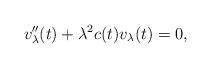
LaTeX: \begin{align*}v_{\lambda}''(t)+\lambda^{2}c(t)v_{\lambda}(t)=0,\end{align*}